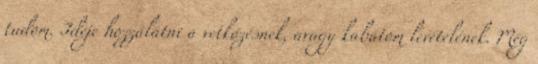
tudom. Ideje hozzálátni a vetkőzésnek, avagy kabátom levételének. Még